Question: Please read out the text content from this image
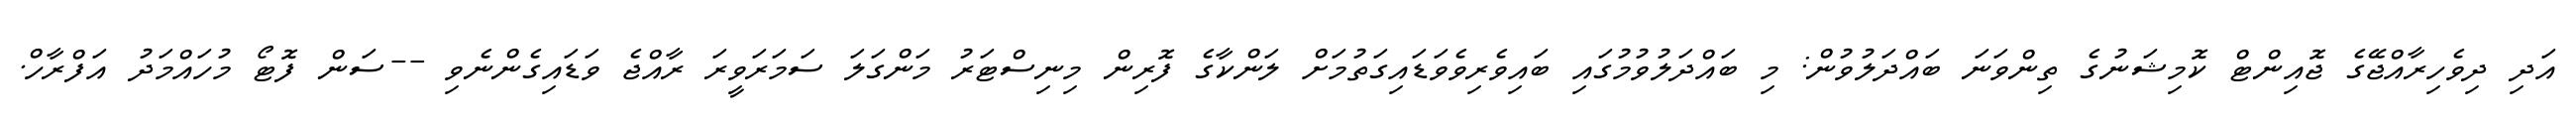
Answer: އަދި ދިވެހިރާއްޖޭގެ ޖޮއިންޓް ކޮމިޝަނުގެ ތިންވަނަ ބައްދަލުވުން: މި ބައްދަލުވުމުގައި ބައިވެރިވެވަޑައިގަތުމަށް ލަންކާގެ ފޮރިން މިނިސްޓަރު މަންގަލަ ސަމަރަވީރަ ރާއްޖެ ވަޑައިގެންނެވި --ސަން ފޮޓޯ މުހައްމަދު އަފްރާހް.